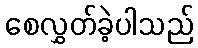
စေလွှတ်ခဲ့ပါသည်